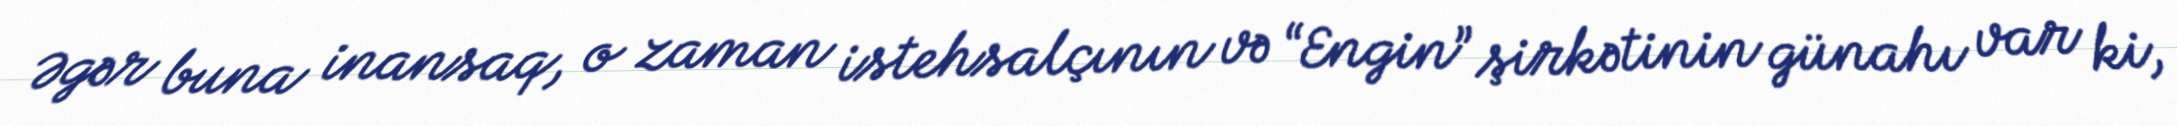
Əgər buna inansaq, o zaman istehsalçının və “Engin” şirkətinin günahı var ki,